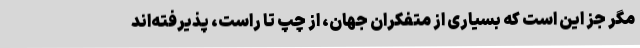
مگر جز این است که بسیاری از متفکران جهان، از چپ تا راست، پذیرفته‌اند